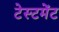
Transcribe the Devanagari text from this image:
टेस्टमेंट